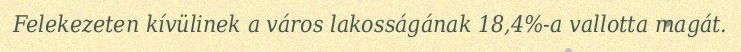
Felekezeten kívülinek a város lakosságának 18,4%-a vallotta magát.